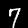
Label: 7